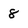
Character: 8